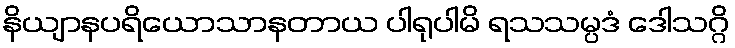
နိယျာနပရိယောသာနတာယ ပါရုပါမိ ရသသမ္ပဒံ ဒေါသဂ္ဂိ